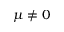
\mu \ne 0